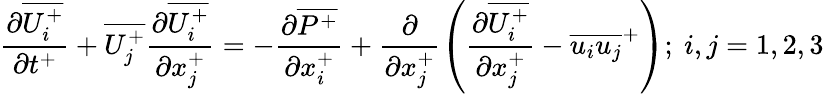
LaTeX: {\frac{\partial\overline{{U_{i}^{+}}}}{\partial t^{+}}}+\overline{{U_{j}^{+}}}\frac{\partial\overline{{U_{i}^{+}}}}{\partial x_{j}^{+}}=-\frac{\partial\overline{{P^{+}}}}{\partial x_{i}^{+}}+\frac{\partial}{\partial x_{j}^{+}}\left(\frac{\partial\overline{{U_{i}^{+}}}}{\partial x_{j}^{+}}-\overline{{u_{i}u_{j}}}^{+}\right);~i,j={1,2,3}